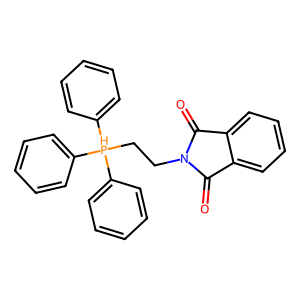
SMILES: O=C1c2ccccc2C(=O)N1CC[PH](c1ccccc1)(c1ccccc1)c1ccccc1
Inhibits HIV replication: No